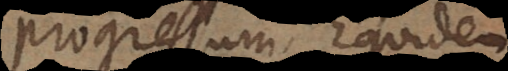
progressum. Equidem